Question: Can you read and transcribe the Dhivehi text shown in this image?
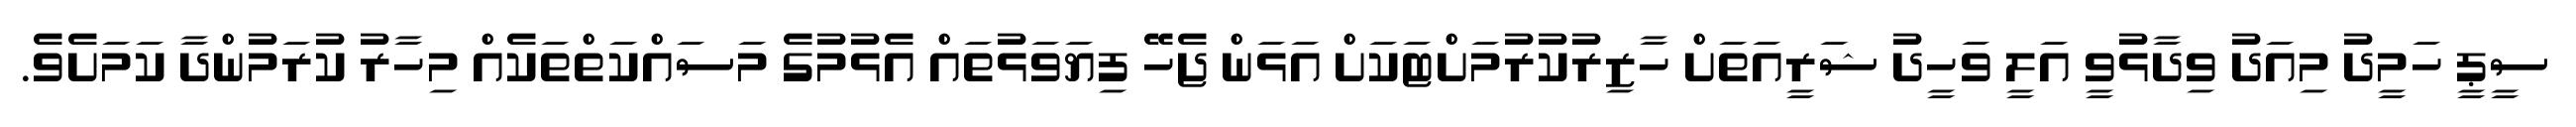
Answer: ސީޕީ ހަމީދު މިއަދު ވިދާޅުވީ އަލީ ވަހީދު ޝަރީއަތަށް ހާޒިރުކުރުމަށްޓަކަށް އަޅަން ޖެހޭ ފިޔަވަޅުތައް އެޅުމުގެ މަސައްކަތްތަކެއް މިހާރު ކުރަމުންދާ ކަމަށެވެ.